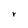
Character: r